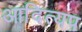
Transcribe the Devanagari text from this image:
आदित्यप